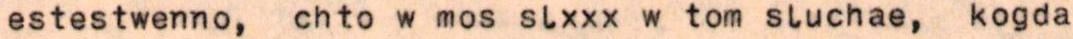
estestwenno, chto w mos slxxx w tom sluchae,  kogda